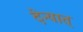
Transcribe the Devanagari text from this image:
देन्यात्